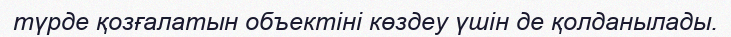
түрде қозғалатын объектіні көздеу үшін де қолданылады.